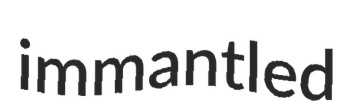
immantled